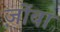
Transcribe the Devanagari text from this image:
ज़ोंबा